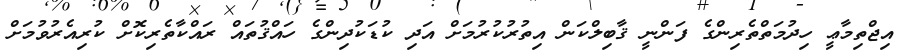
އިޖްތިމާޢީ ހިދުމަތްތެރިންގެ ފަންނީ ޤާބިލްކަން އިތުރުކުރުމަށް އަދި ކުޑަކުދިންގެ ހައްޤުތައް ރައްކާތެރިކޮށް ކުރިއެރުވުމަށް